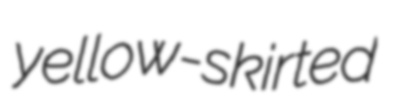
yellow-skirted